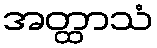
အတ္ထာသံ